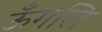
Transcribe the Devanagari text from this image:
ऊँगलि